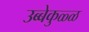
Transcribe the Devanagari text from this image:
उब्बेकुळ्ळ